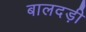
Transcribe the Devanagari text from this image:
बालदड़ी